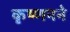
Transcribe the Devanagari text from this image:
कृष्णनने